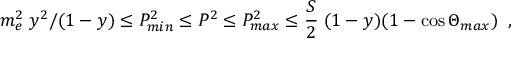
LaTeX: m _ { e } ^ { 2 } \; y ^ { 2 } / ( 1 - y ) \le P _ { m i n } ^ { 2 } \le P ^ { 2 } \le P _ { m a x } ^ { 2 } \le \frac { S } { 2 } \; ( 1 - y ) ( 1 - \cos \Theta _ { m a x } ) \; \; ,